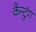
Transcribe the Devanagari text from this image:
कैन्टुंग